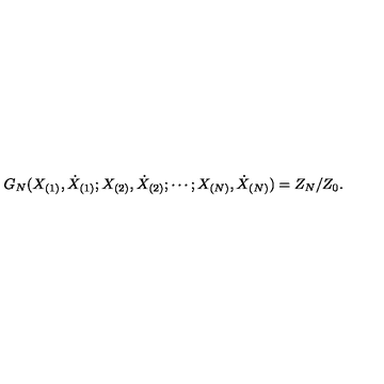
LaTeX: G _ { N } ( X _ { ( 1 ) } , \dot { X } _ { ( 1 ) } ; X _ { ( 2 ) } , \dot { X } _ { ( 2 ) } ; \cdots ; X _ { ( N ) } , \dot { X } _ { ( N ) } ) = Z _ { N } / Z _ { 0 } .